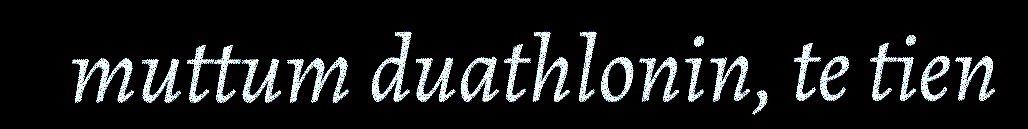
muttum duathlonin, te tien